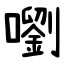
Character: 嚠